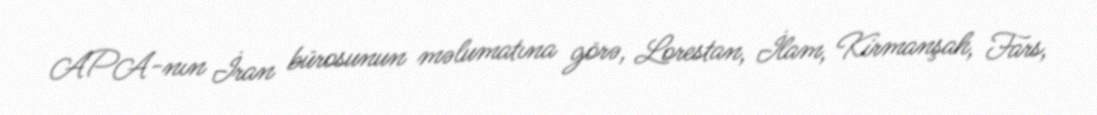
APA-nın İran bürosunun məlumatına görə, Lorestan, İlam, Kirmanşah, Fars,